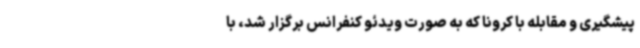
پیشگیری و مقابله با کرونا که به ‌صورت ویدئو کنفرانس برگزار شد، با